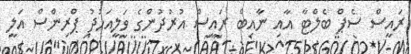
ރައީސް ސެޕް ބެލްޓާ އާއި ނާއިބް ރައީސް އުރުދުންގެ ވަލީއަހުދު ޕްރިންސް އަލީ